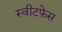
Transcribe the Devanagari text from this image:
स्वीटफ़ेस